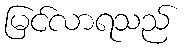
မြင်လာရသည်